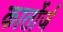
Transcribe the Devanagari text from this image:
कार्तोर्ज